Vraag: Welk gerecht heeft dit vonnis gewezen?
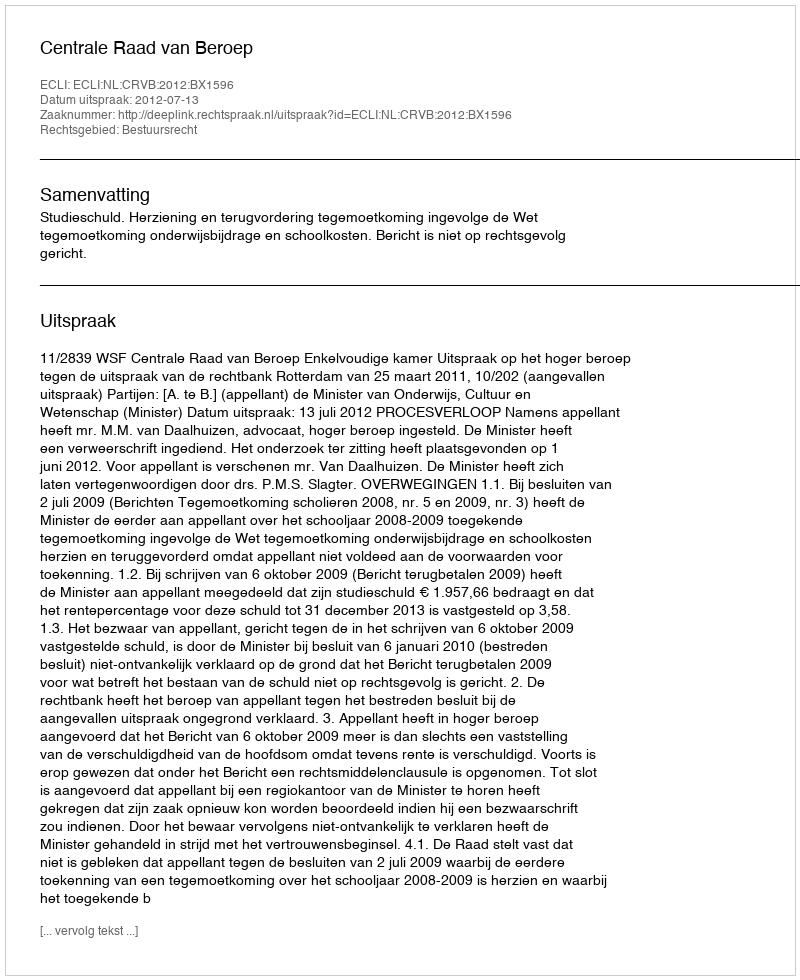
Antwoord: Centrale Raad van Beroep